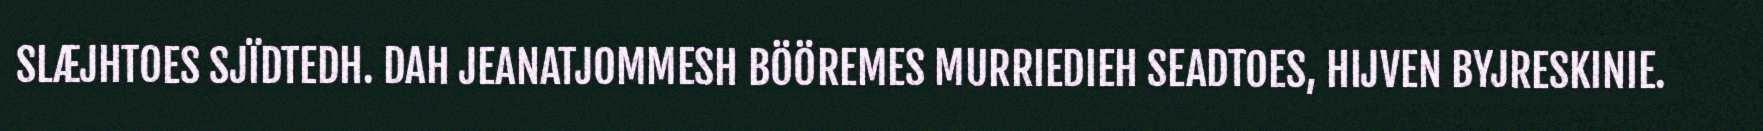
SLÆJHTOES SJÏDTEDH. DAH JEANATJOMMESH BÖÖREMES MURRIEDIEH SEADTOES, HIJVEN BYJRESKINIE.